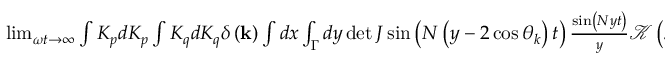
\begin{array} { r l } { \operatorname* { l i m } _ { \omega t \rightarrow \infty } \int K _ { p } d K _ { p } \int K _ { q } d K _ { q } \delta \left( \mathbf { k } \right) \int d x \int _ { \Gamma } d y \operatorname* { d e t } J \sin \left( N \left( y - 2 \cos \theta _ { k } \right) t \right) \frac { \sin \left( N y t \right) } { y } \mathcal { K } \left( x , y \right) } & { { } = 0 } \end{array}